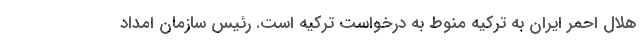
هلال احمر ایران به ترکیه منوط به درخواست ترکیه است. رئیس سازمان امداد